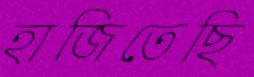
হাজিতেছি